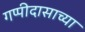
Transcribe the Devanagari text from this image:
गप्पीदासाच्या